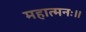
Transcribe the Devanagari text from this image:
महात्मनः।।